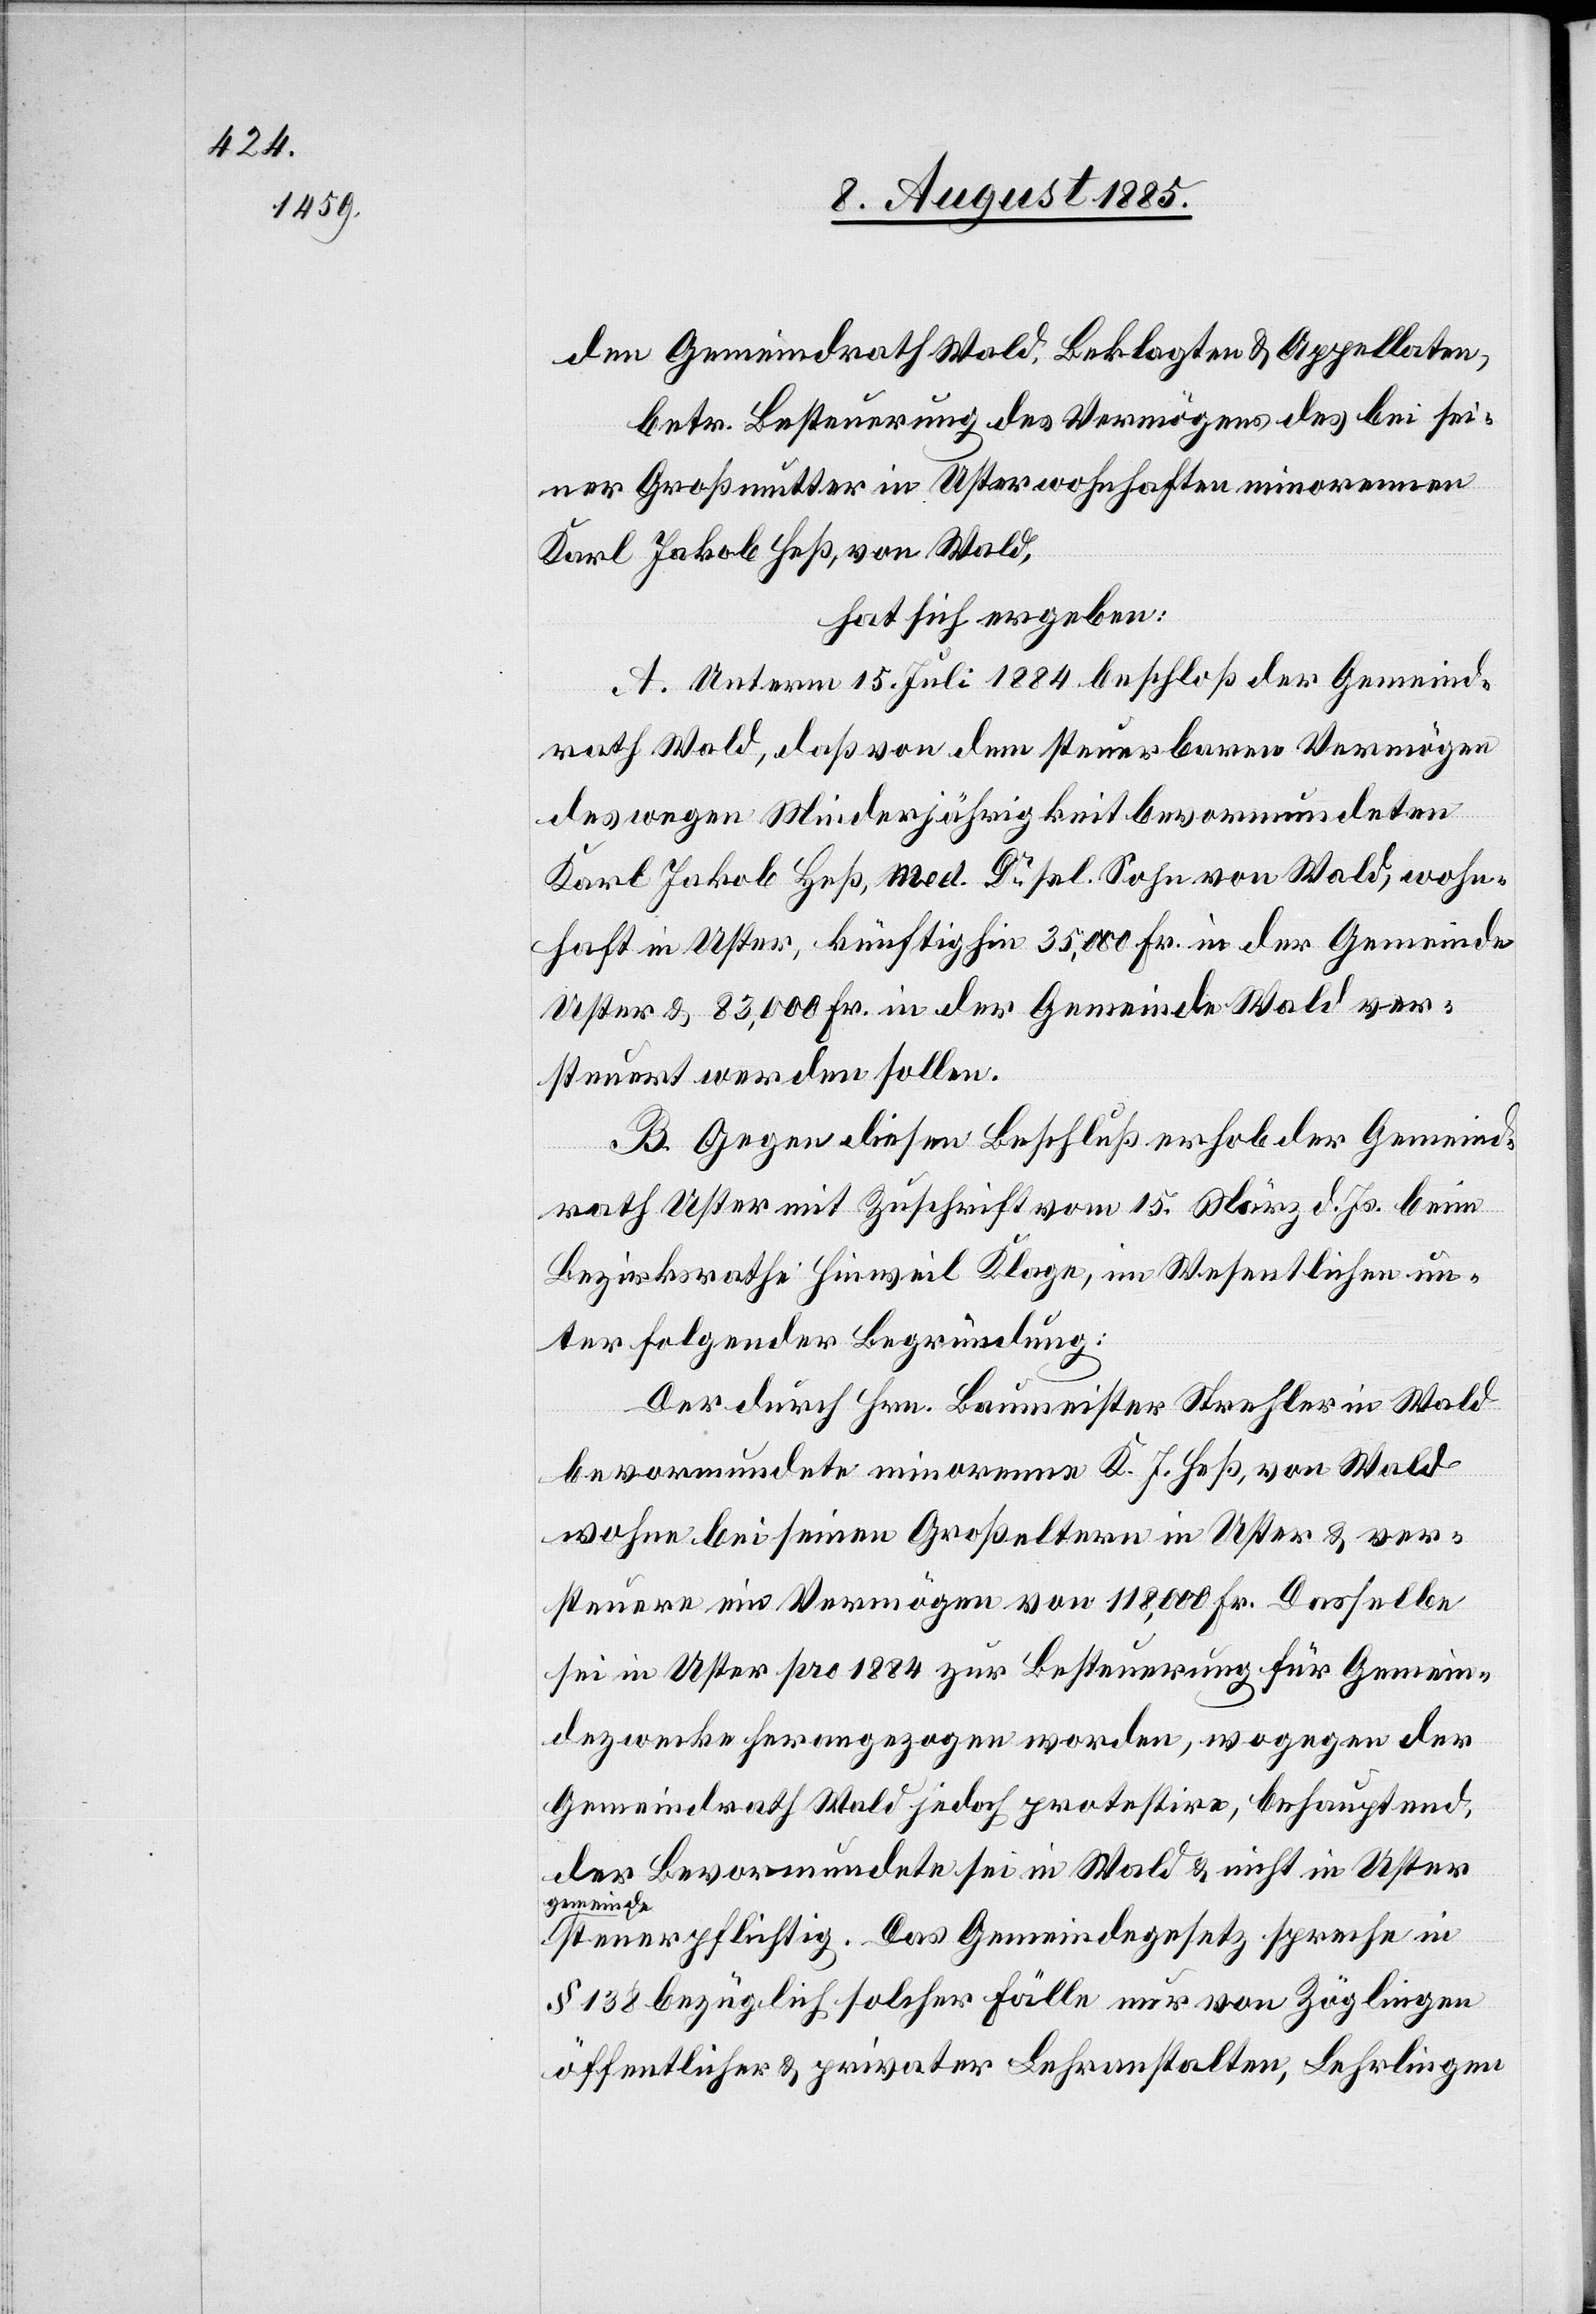
den Gemeindrath Wald, Beklagten & Appellaten,
betr. Besteuerung des Vermögens des bei sei¬
ner Großmutter in Uster wohnhaften minorennen
Karl Jakob Heß, von Wald,
hat sich ergeben:
A. Unterm 15. Juli 1884 beschloß der Gemeind¬
rath Wald, daß von dem steuerbaren Vermögen
des wegen Minderjährigkeit bevormundeten
Karl Jakob Heß, med. Dr sel. Sohn von Wald, wohn¬
haft in Uster, künftig hin 35,000 Fr. in der Gemeinde
Uster & 83,000 Fr. in der Gemeinde Wald ver¬
steuert werden sollen.
B. Gegen diesen Beschluß erhob der Gemeind¬
rath Uster mit Zuschrift vom 15. März d. Js. beim
Bezirksrathe Hinweil Klage, im Wesentlichen un¬
ter folgender Begründung:
Der durch Hrn. Baumeister Strehler in Wald
bevormundete minorenne K. J. Heß, von Wald
wohne bei seinen Großeltern in Uster & ver¬
steuere ein Vermögen von 118,000 Fr. Dasselbe
sei in Uster pro 1884 zur Besteuerung für Gemein¬
dezwecke herangezogen worden, wogegen der
Gemeindrath Wald jedoch protestire, behauptend,
der Bevormundete sei in Wald & nicht in Uster
a-gemeinde-a¬
steuerpflichtig. Das Gemeindegesetz spreche in
§ 138 bezüglich solcher Fälle nur von Zöglingen
öffentlicher & privater Lehranstalten, Lehrlingen